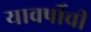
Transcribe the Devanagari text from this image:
यावर्षीची